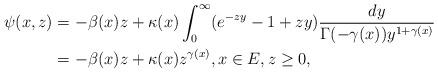
LaTeX: \begin{align*} \psi(x,z) &= - \beta(x) z + \kappa(x) \int_0^\infty (e^{-z y} - 1+ z y) \frac{dy}{\Gamma(- \gamma(x)) y^{1+ \gamma(x)}} \\&= -\beta (x) z + \kappa(x) z^{\gamma(x)}, x\in E, z \geq 0, \end{align*}